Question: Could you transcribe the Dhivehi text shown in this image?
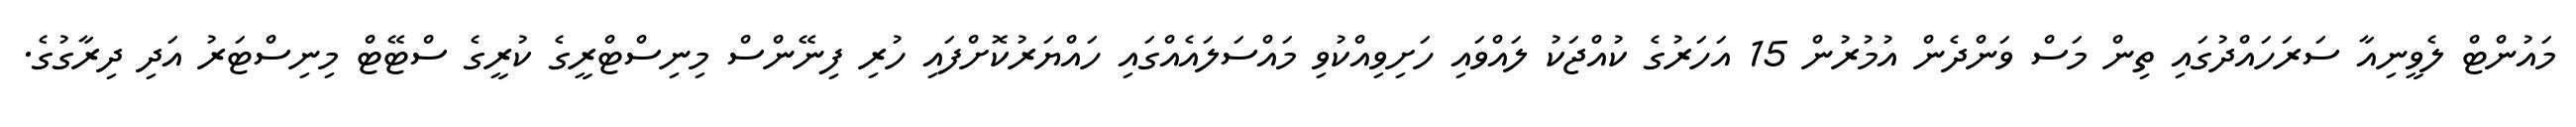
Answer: މައުންޓް ލެވީނިއާ ސަރަހައްދުގައި ތިން މަސް ވަންދެން އުމުރުން 15 އަހަރުގެ ކުއްޖަކު ލައްވައި ހަށިވިއްކުވި މައްސަލައެއްގައި ހައްޔަރުކޮށްފައި ހުރި ފިނޭންސް މިނިސްޓްރީގެ ކުރީގެ ސްޓޭޓް މިނިސްޓަރު އަދި ދިރާގުގެ.